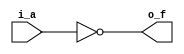
// -- python C:\Users\Brandon\Documents\Personal_Projects\my_utils\modelsim_utils\auto_run.py -d run_cmd__NAND4_v.do

module NOT1_v
  (input i_a,
   output o_f);
   
  assign o_f = ~i_a;
  
endmodule